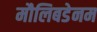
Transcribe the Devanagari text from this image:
मौलिबडेनम